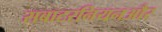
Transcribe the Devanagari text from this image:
सबाटरनियनऔर